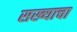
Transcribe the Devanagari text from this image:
सख्याचा